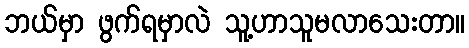
ဘယ်မှာ ဖွက်ရမှာလဲ သူ့ဟာသူမလာသေးတာ။